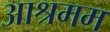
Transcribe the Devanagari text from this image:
आश्रमम